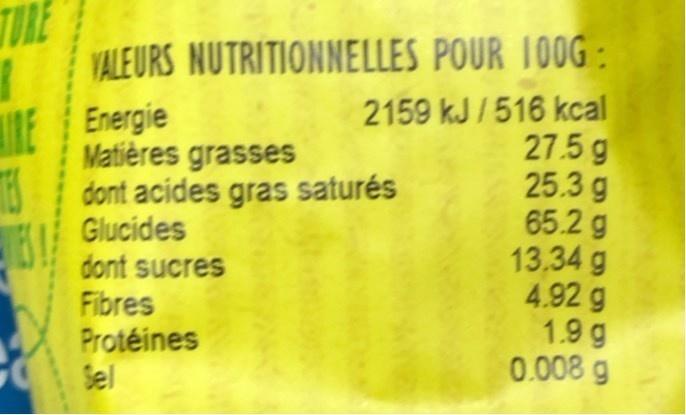
TURE
VALEURS
E Energie
NUTRITIONNELLES POUR 100G:
2159 kJ/516 kcal 27.5 g
25.3 g
65.2 g
13.34 g
4.92 g
1.9 g
0.008 g
Matières grasses
dont acides gras saturés
Glucides
dont sucres
Fibres Protéines